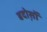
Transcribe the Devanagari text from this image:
बदोस़ों